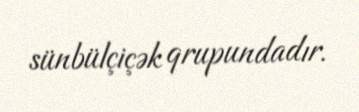
sünbülçiçək qrupundadır.